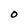
Character: O